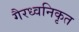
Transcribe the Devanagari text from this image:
गैरध्वनिकृत